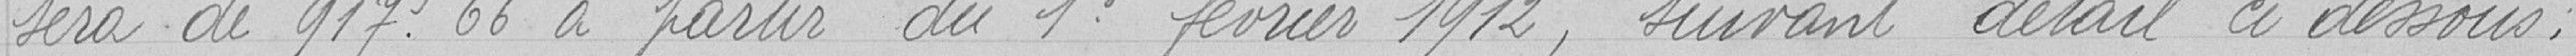
sera de 917. 66 francs à partir du 1er février 1912, suivant détail à dessous ;